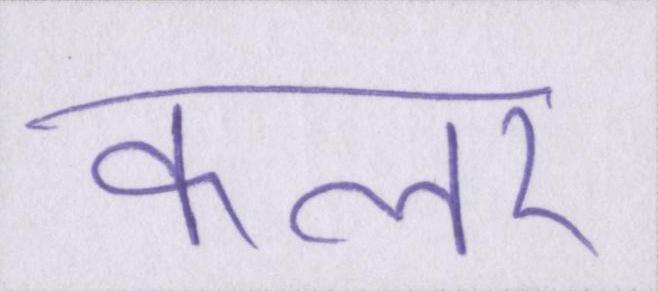
कलर